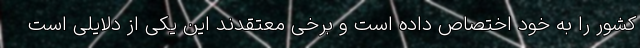
کشور را به خود اختصاص داده است و برخی معتقدند این یکی از دلایلی است